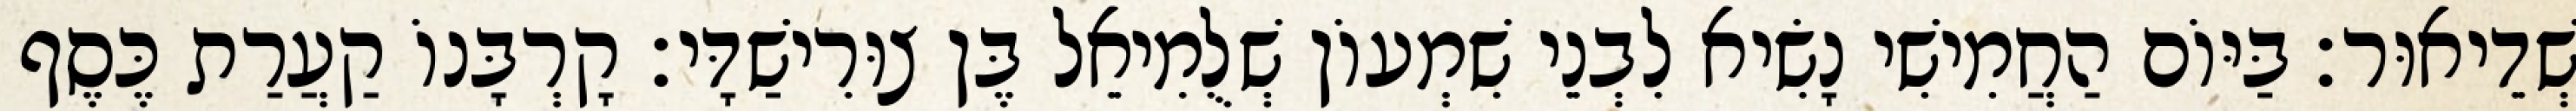
שְׁדֵיאוּר׃ בַּיּוֹם הַחֲמִישִׁי נָשִׂיא לִבְנֵי שִׁמְעוֹן שְׁלֻמִיאֵל בֶּן צוּרִישַׁדָּי׃ קָרְבָּנוֹ קַעֲרַת כֶּסֶף